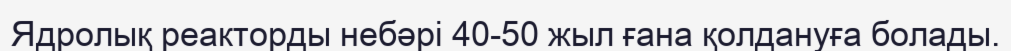
Ядролық реакторды небәрі 40-50 жыл ғана қолдануға болады.